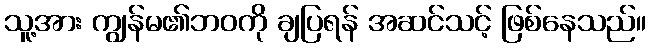
သူ့အား ကျွန်မ၏ဘဝကို ချပြရန် အဆင်သင့် ဖြစ်နေသည်။